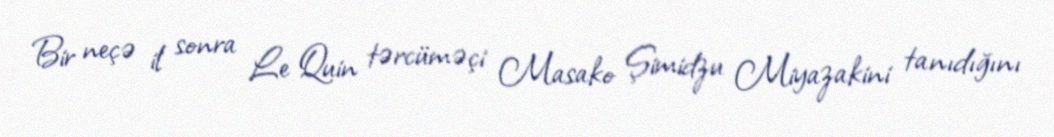
Bir neçə il sonra Le Quin tərcüməçi Masako Şimidzu Miyazakini tanıdığını